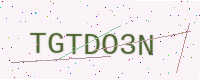
Text: TGTDO3N